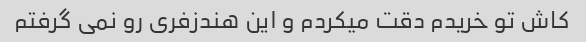
کاش تو خریدم دقت میکردم و این هندزفری رو نمی گرفتم